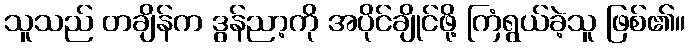
သူသည် တချိန်က ဒွန်ညာ့ကို အပိုင်ချိုင်ဖို့ ကြံရွယ်ခဲ့သူ ဖြစ်၏။